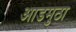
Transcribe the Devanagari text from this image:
आडमुठा